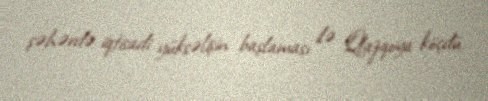
şəhərdə iqtisadi yüksəlişin başlaması ilə Qlazqoya köçdü.